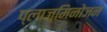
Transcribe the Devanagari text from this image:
प्लाज्मिनोजन